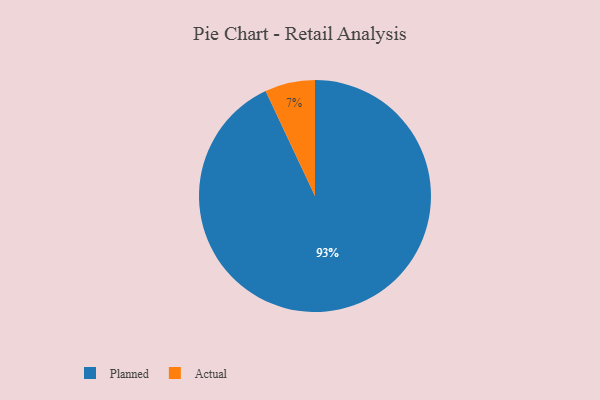
{"axis": {"x": "Category", "y": "Percentage"}, "legend": ["Actual", "Planned"], "data": [{"x": "Planned", "y": 93, "type": "Planned"}, {"x": "Actual", "y": 7, "type": "Actual"}]}